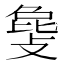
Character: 𫿅